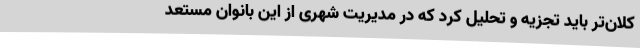
کلان‌تر باید تجزیه و تحلیل کرد که در مدیریت شهری از این بانوان مستعد